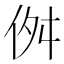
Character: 𠈞